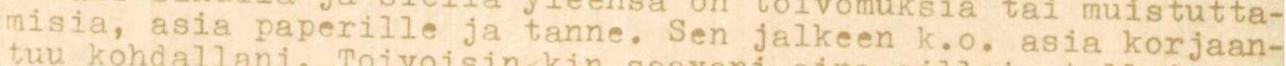
misia, asia paperille ja tanne. Sen jalkeen k.o. asia korjaan-